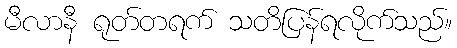
မီလာနီ ရုတ်တရက် သတိပြန်ရလိုက်သည်။